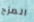
المزح